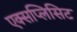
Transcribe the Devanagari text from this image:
एक्सप्लिसिट